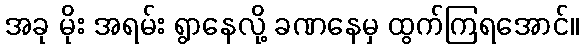
အခု မိုး အရမ်း ရွာနေလို့ ခဏနေမှ ထွက်ကြရအောင်။